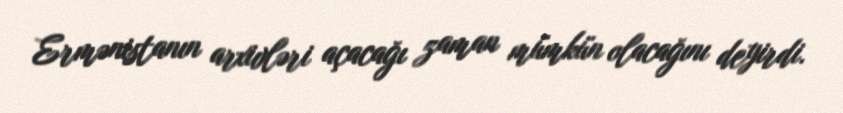
Ermənistanın arxivləri açacağı zaman mümkün olacağını deyirdi.